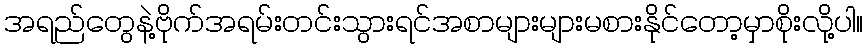
အရည်တွေနဲ့ဗိုက်အရမ်းတင်းသွားရင်အစာများများမစားနိုင်တော့မှာစိုးလို့ပါ။